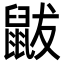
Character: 鼥